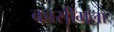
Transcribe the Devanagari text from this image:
कासीमला